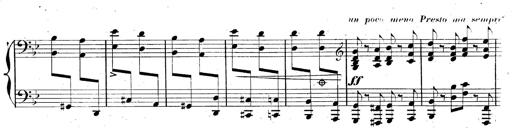
Title: AnnÃ©es de pÃ¨lerinage II, SupplÃ©ment
Composer: Franz Liszt